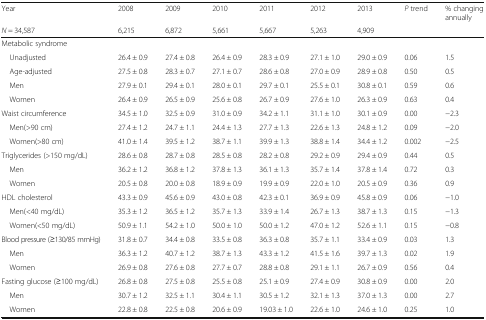
<table><thead><tr><td><b>Year</b></td><td><b>2008</b></td><td><b>2009</b></td><td><b>2010</b></td><td><b>2011</b></td><td><b>2012</b></td><td><b>2013</b></td><td><b><i>P</i> trend</b></td><td><b>% changing annually</b></td></tr><tr><td><b><i>N</i> = 34,587</b></td><td><b>6,215</b></td><td><b>6,872</b></td><td><b>5,661</b></td><td><b>5,667</b></td><td><b>5,263</b></td><td><b>4,909</b></td><td></td><td></td></tr></thead><tbody><tr><td colspan="9">Metabolic syndrome</td></tr><tr><td> Unadjusted</td><td>26.4 ± 0.9</td><td>27.4 ± 0.8</td><td>26.4 ± 0.9</td><td>28.3 ± 0.9</td><td>27.1 ± 1.0</td><td>29.0 ± 0.9</td><td>0.06</td><td>1.5</td></tr><tr><td> Age-adjusted</td><td>27.5 ± 0.8</td><td>28.3 ± 0.7</td><td>27.1 ± 0.7</td><td>28.6 ± 0.8</td><td>27.0 ± 0.9</td><td>28.9 ± 0.8</td><td>0.50</td><td>0.5</td></tr><tr><td> Men</td><td>27.9 ± 0.1</td><td>29.4 ± 0.1</td><td>28.0 ± 0.1</td><td>29.7 ± 0.1</td><td>25.5 ± 0.1</td><td>30.8 ± 0.1</td><td>0.59</td><td>0.6</td></tr><tr><td> Women</td><td>26.4 ± 0.9</td><td>26.5 ± 0.9</td><td>25.6 ± 0.8</td><td>26.7 ± 0.9</td><td>27.6 ± 1.0</td><td>26.3 ± 0.9</td><td>0.63</td><td>0.4</td></tr><tr><td>Waist circumference</td><td>34.5 ± 1.0</td><td>32.5 ± 0.9</td><td>31.0 ± 0.9</td><td>34.2 ± 1.1</td><td>31.1 ± 1.0</td><td>30.1 ± 0.9</td><td>0.00</td><td>−2.3</td></tr><tr><td> Men(&gt;90 cm)</td><td>27.4 ± 1.2</td><td>24.7 ± 1.1</td><td>24.4 ± 1.3</td><td>27.7 ± 1.3</td><td>22.6 ± 1.3</td><td>24.8 ± 1.2</td><td>0.09</td><td>−2.0</td></tr><tr><td> Women(&gt;80 cm)</td><td>41.0 ± 1.4</td><td>39.5 ± 1.2</td><td>38.7 ± 1.1</td><td>39.9 ± 1.3</td><td>38.8 ± 1.4</td><td>34.4 ± 1.2</td><td>0.002</td><td>−2.5</td></tr><tr><td>Triglycerides (&gt;150 mg/dL)</td><td>28.6 ± 0.8</td><td>28.7 ± 0.8</td><td>28.5 ± 0.8</td><td>28.2 ± 0.8</td><td>29.2 ± 0.9</td><td>29.4 ± 0.9</td><td>0.44</td><td>0.5</td></tr><tr><td> Men</td><td>36.2 ± 1.2</td><td>36.8 ± 1.2</td><td>37.8 ± 1.3</td><td>36.1 ± 1.3</td><td>35.7 ± 1.4</td><td>37.8 ± 1.4</td><td>0.72</td><td>0.3</td></tr><tr><td> Women</td><td>20.5 ± 0.8</td><td>20.0 ± 0.8</td><td>18.9 ± 0.9</td><td>19.9 ± 0.9</td><td>22.0 ± 1.0</td><td>20.5 ± 0.9</td><td>0.36</td><td>0.9</td></tr><tr><td>HDL cholesterol</td><td>43.3 ± 0.9</td><td>45.6 ± 0.9</td><td>43.0 ± 0.8</td><td>42.3 ± 0.1</td><td>36.9 ± 0.9</td><td>45.8 ± 0.9</td><td>0.06</td><td>−1.0</td></tr><tr><td> Men(&lt;40 mg/dL)</td><td>35.3 ± 1.2</td><td>36.5 ± 1.2</td><td>35.7 ± 1.3</td><td>33.9 ± 1.4</td><td>26.7 ± 1.3</td><td>38.7 ± 1.3</td><td>0.15</td><td>−1.3</td></tr><tr><td> Women(&lt;50 mg/dL)</td><td>50.9 ± 1.1</td><td>54.2 ± 1.0</td><td>50.0 ± 1.0</td><td>50.0 ± 1.2</td><td>47.0 ± 1.2</td><td>52.6 ± 1.1</td><td>0.15</td><td>−0.8</td></tr><tr><td>Blood pressure (≥130/85 mmHg)</td><td>31.8 ± 0.7</td><td>34.4 ± 0.8</td><td>33.5 ± 0.8</td><td>36.3 ± 0.8</td><td>35.7 ± 1.1</td><td>33.4 ± 0.9</td><td>0.03</td><td>1.3</td></tr><tr><td> Men</td><td>36.3 ± 1.2</td><td>40.7 ± 1.2</td><td>38.7 ± 1.3</td><td>43.3 ± 1.2</td><td>41.5 ± 1.6</td><td>39.7 ± 1.3</td><td>0.02</td><td>1.9</td></tr><tr><td> Women</td><td>26.9 ± 0.8</td><td>27.6 ± 0.8</td><td>27.7 ± 0.7</td><td>28.8 ± 0.8</td><td>29.1 ± 1.1</td><td>26.7 ± 0.9</td><td>0.56</td><td>0.4</td></tr><tr><td>Fasting glucose (≥100 mg/dL)</td><td>26.8 ± 0.8</td><td>27.5 ± 0.8</td><td>25.5 ± 0.8</td><td>25.1 ± 0.9</td><td>27.4 ± 0.9</td><td>30.8 ± 0.9</td><td>0.00</td><td>2.0</td></tr><tr><td> Men</td><td>30.7 ± 1.2</td><td>32.5 ± 1.1</td><td>30.4 ± 1.1</td><td>30.5 ± 1.2</td><td>32.1 ± 1.3</td><td>37.0 ± 1.3</td><td>0.00</td><td>2.7</td></tr><tr><td> Women</td><td>22.8 ± 0.8</td><td>22.5 ± 0.8</td><td>20.6 ± 0.9</td><td>19.03 ± 1.0</td><td>22.6 ± 1.0</td><td>24.6 ± 1.0</td><td>0.25</td><td>1.0</td></tr></tbody></table>